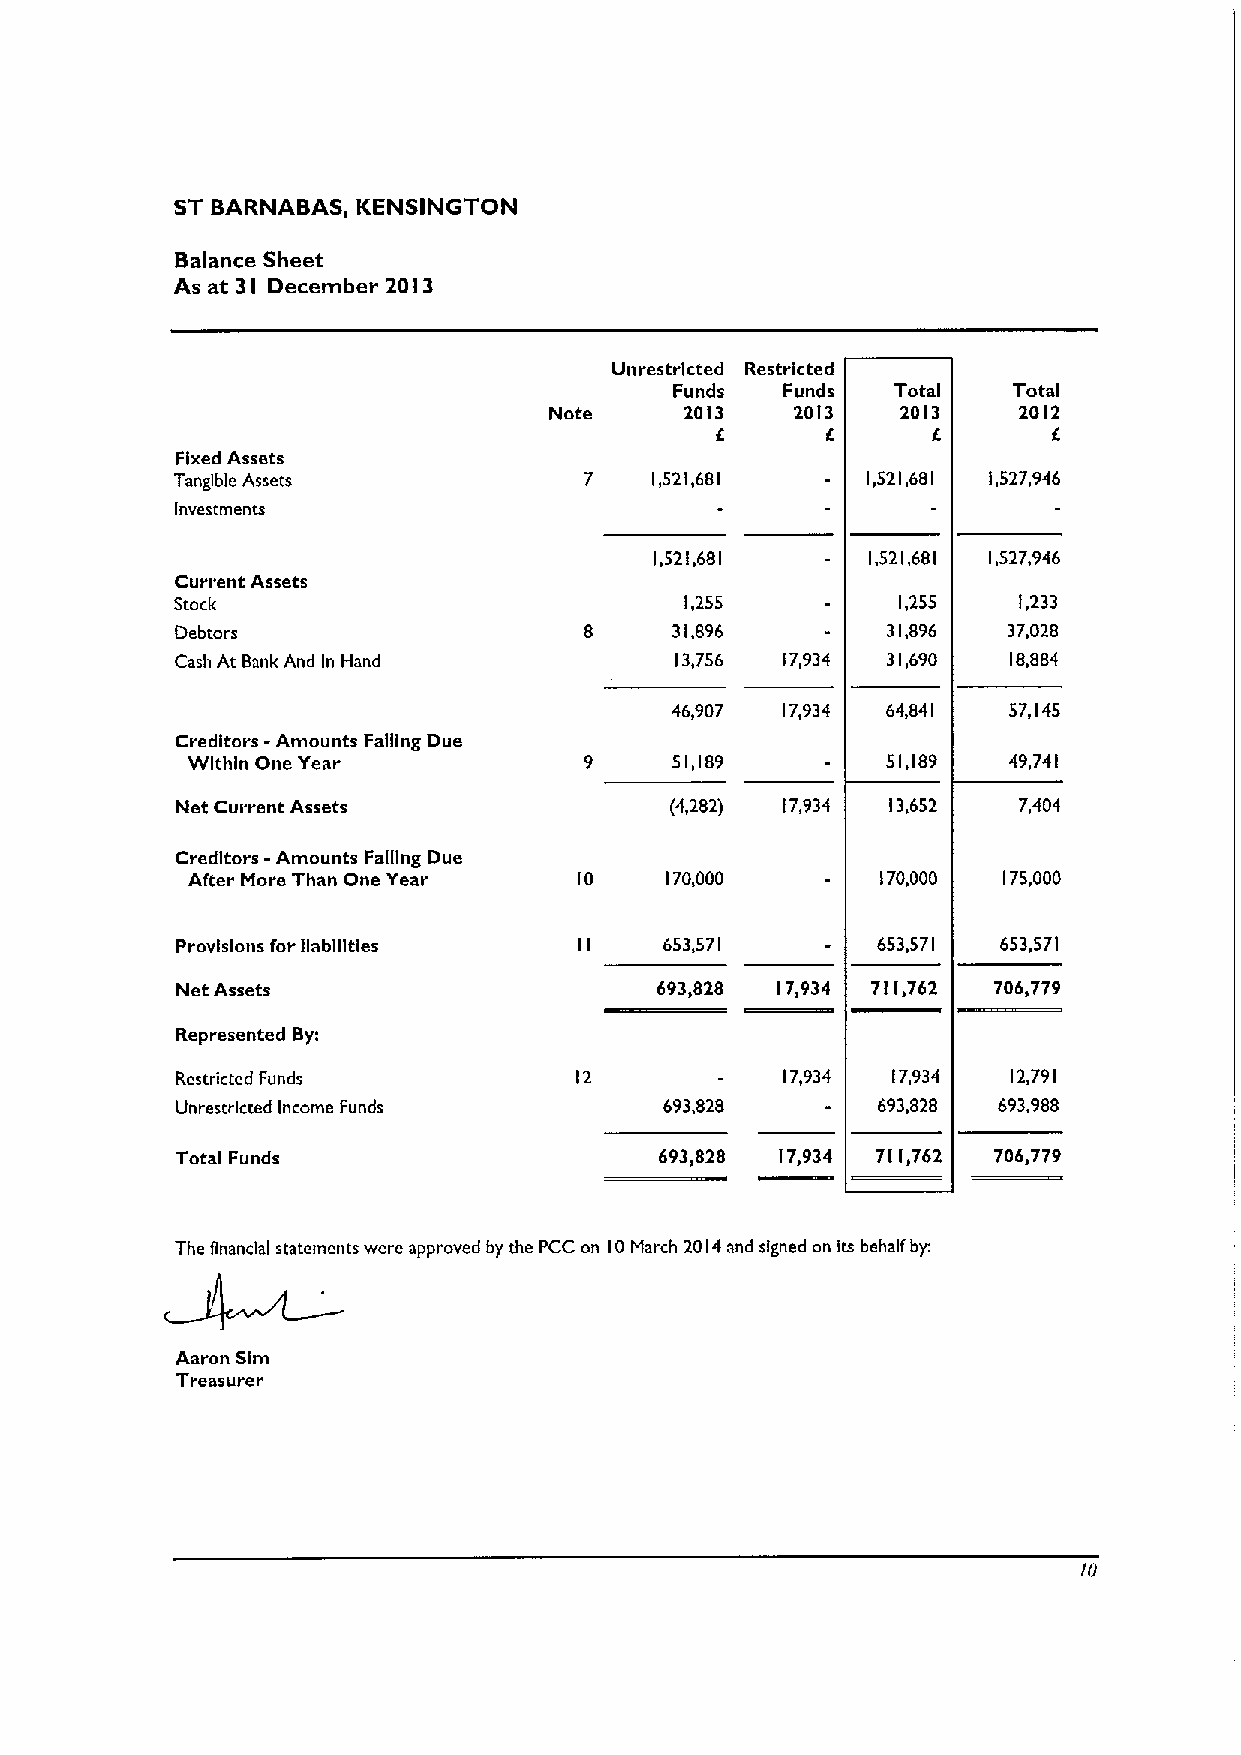
ST BARNABAS, KENSINGTON
 Balance Sheet
 As at 3
 I
 December 20I3
 Unrestricted Restricted
 Funds  Funds  Total   Total
 Note     2013    2013   2013   2012
 6      6
 Fixed Assets
 Tangible Assets            7   1,521,681     1,521,681 1,527,946
 Investments
 1,521,681      1,521,681 1,527,946
 Cuvvent Assets
 Stock                            1,255         1,255   1,233
 Debtors                    8    31,896         31,896  37,028
 Cash At Bank And In Hand         13,756 17,934 31,690  18,884
 46,907  17,934 64,841  57,145
 Creditors -Amounts Falling Due
 Within One Year            9    51,189         51,189  49,741
 Net Current Assets              (4,282) 17,934 13,652  7,404
 Creditors -Amounts Falling Due
 After More Than One Year  10    170,000       170,000 175,000
 Provisions for liabilities I I  653,571       653,571 653,571
 Net Assets                     693,828 17,934 711,762 706,779
 Represented By:
 Restricted Funds          12            17,934 17,934  12,791
 Unrestricted Income Funds       693,828       693,828 693,988
 Total Funds                     693,828 17,934 711&762 706,779
 The financial statements were approved by the PCC on 10March 2014and signed on its behalf by.
 Aaron Slm
 Treasurer
 70